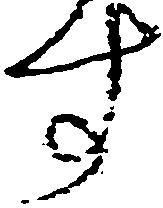
す